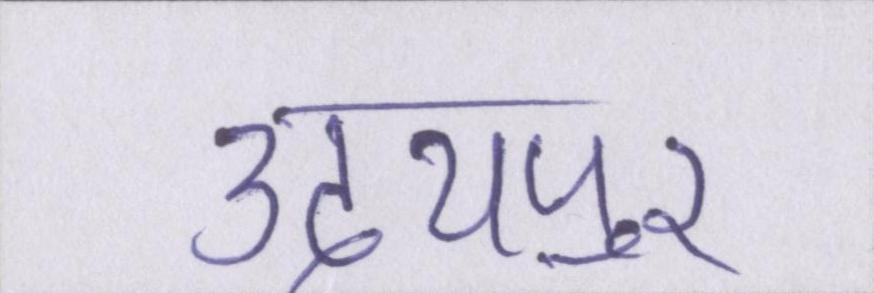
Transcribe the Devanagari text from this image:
उदयपुर